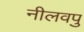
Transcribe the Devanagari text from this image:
नीलवपु